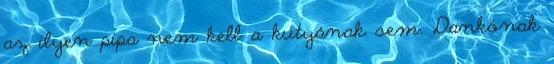
az ilyen pipa nem kell a kutyának sem. Dankónak